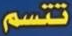
تتسم